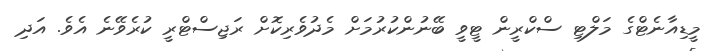
މީޑިއާނެޓްގެ މަލްޓި ސްކްރީން ޓީވީ ބޭނުންކުރުމަށް މެދުވެރިކޮށް ރަޖިސްޓްރީ ކުރެވޭނެ އެވެެ. އަދި